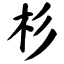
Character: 杉